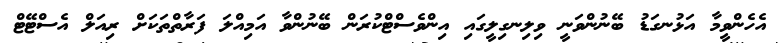
އެހެންވީމާ އަޅުނގަޑު ބޭނުންވަނީ ވިލިނގިލީގައި އިންވެސްޓްކުރަން ބޭނުންވާ އަމިއްލަ ފަރާތްތަކަށް ރިއަލް އެސްޓޭޓް